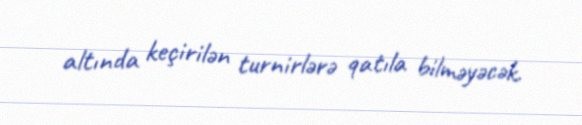
altında keçirilən turnirlərə qatıla bilməyəcək.